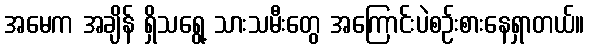
အမေက အချိန် ရှိသရွေ့ သားသမီးတွေ အကြောင်းပဲစဉ်းစားနေရှာတယ်။